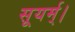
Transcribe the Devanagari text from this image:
सूयर्म्।